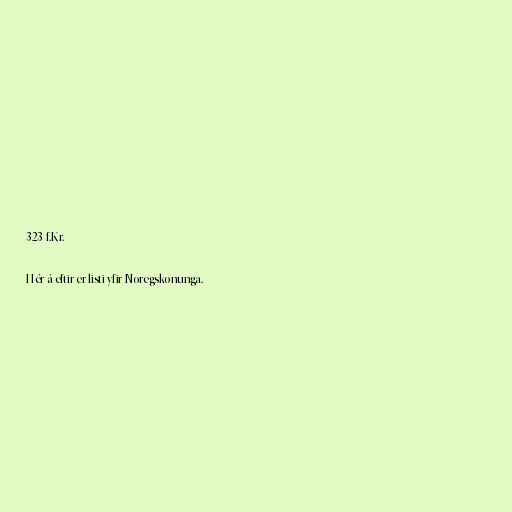
323 f.Kr.

Hér á eftir er listi yfir Noregskonunga.